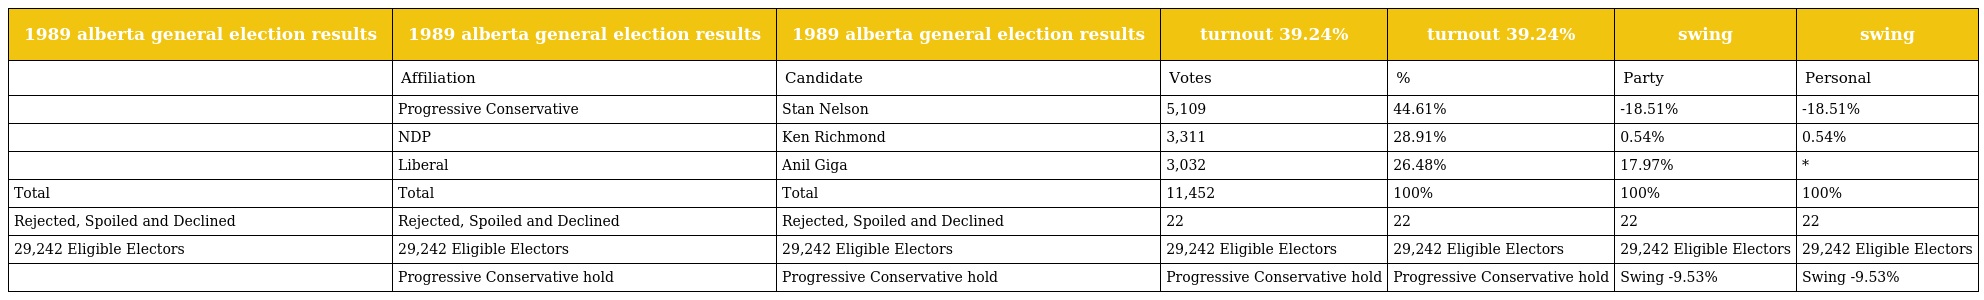
| 1989 alberta general election results | 1989 alberta general election results | 1989 alberta general election results | turnout 39.24% | turnout 39.24% | swing | swing |
 | --- | --- | --- | --- | --- | --- | --- |
 |  | Affiliation | Candidate | Votes | % | Party | Personal |
 |  | Progressive Conservative | Stan Nelson | 5,109 | 44.61% | -18.51% | -18.51% |
 |  | NDP | Ken Richmond | 3,311 | 28.91% | 0.54% | 0.54% |
 |  | Liberal | Anil Giga | 3,032 | 26.48% | 17.97% | * |
 | Total | Total | Total | 11,452 | 100% | 100% | 100% |
 | Rejected, Spoiled and Declined | Rejected, Spoiled and Declined | Rejected, Spoiled and Declined | 22 | 22 | 22 | 22 |
 | 29,242 Eligible Electors | 29,242 Eligible Electors | 29,242 Eligible Electors | 29,242 Eligible Electors | 29,242 Eligible Electors | 29,242 Eligible Electors | 29,242 Eligible Electors |
 |  | Progressive Conservative hold | Progressive Conservative hold | Progressive Conservative hold | Progressive Conservative hold | Swing -9.53% | Swing -9.53% |